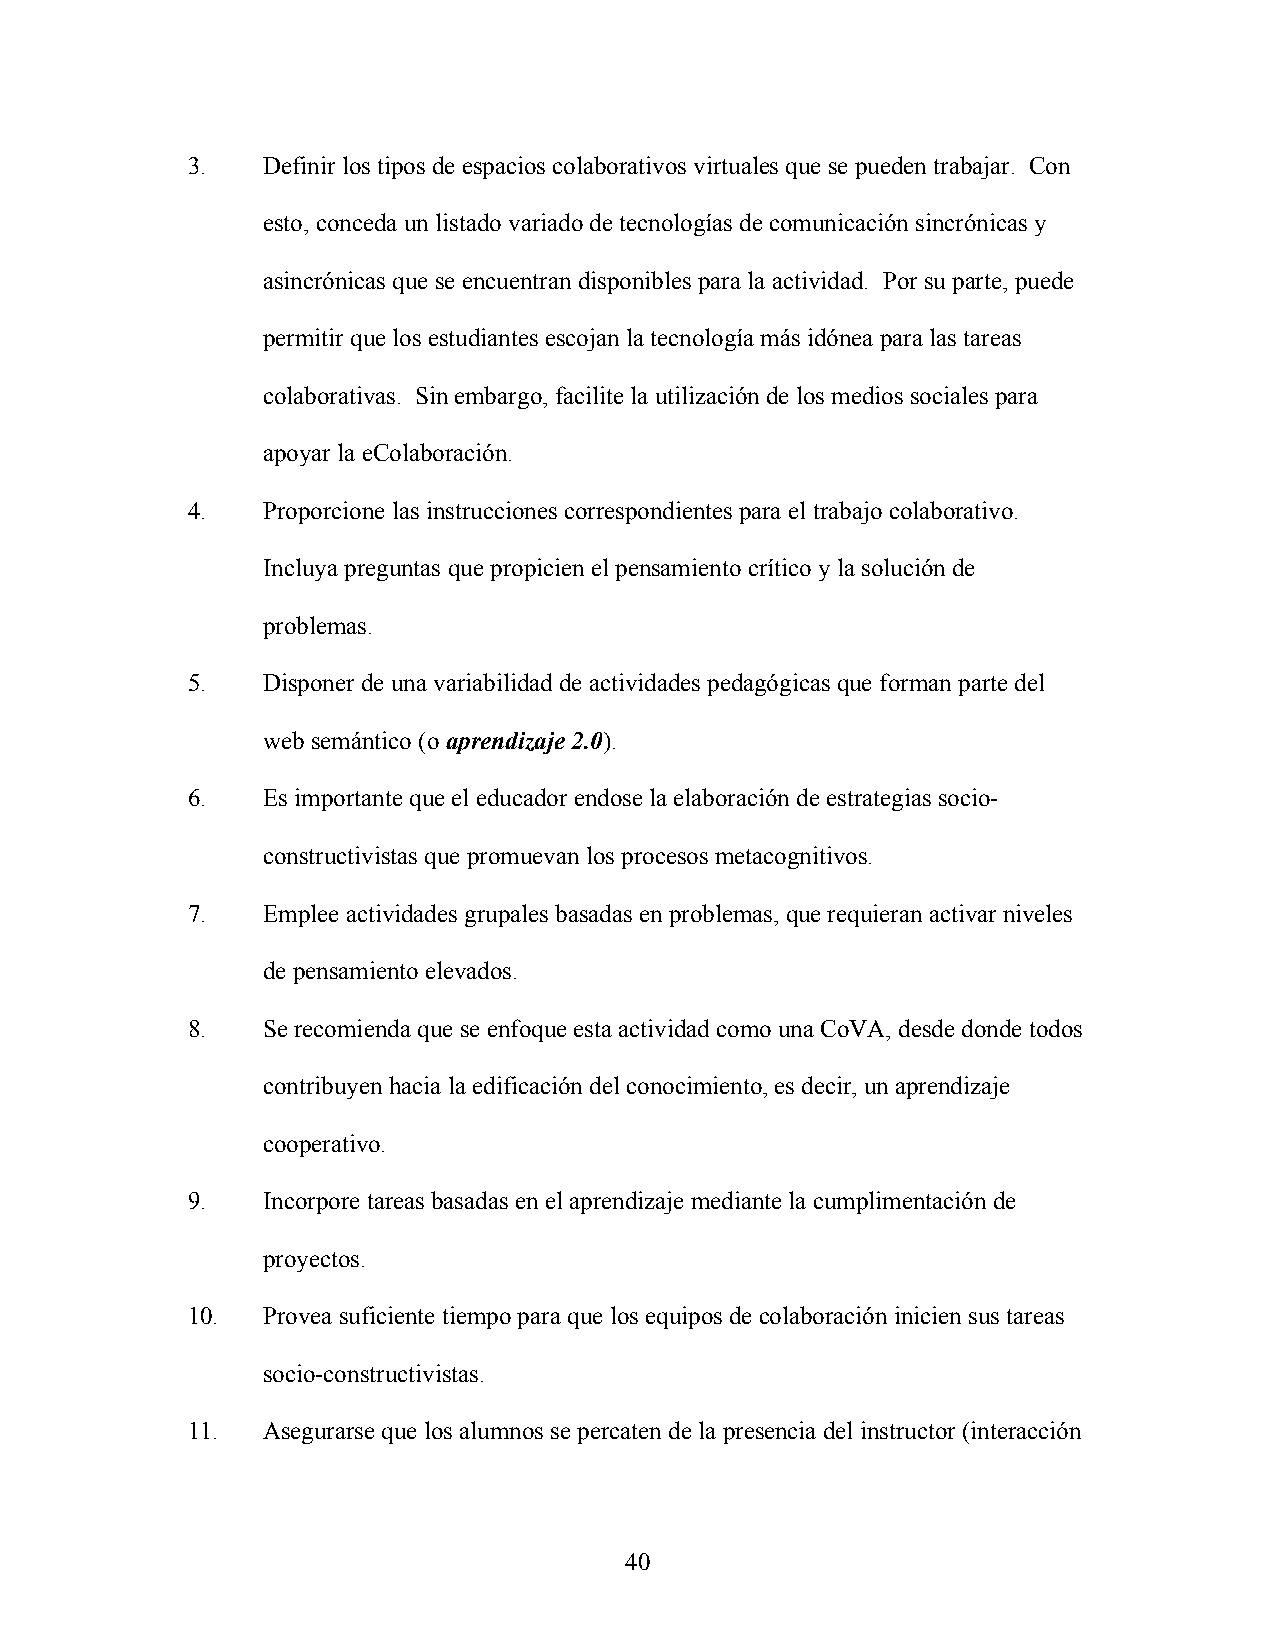
3.   Definir los tipos de espacios colaborativos virtuales que se pueden trabajar. Con
 esto, conceda un listado variado de tecnologías de comunicación sincrónicas y
 asincrónicas que se encuentran disponibles para la actividad. Por su parte, puede
 permitir que los estudiantes escojan la tecnología más idónea para las tareas
 colaborativas. Sin embargo, facilite la utilización de los medios sociales para
 apoyar la eColaboración.
 4.   Proporcione las instrucciones correspondientes para el trabajo colaborativo.
 Incluya preguntas que propicien el pensamiento crítico y la solución de
 problemas.
 5.   Disponer de una variabilidad de actividades pedagógicas que forman parte del
 web semántico (o aprendizaje 2.0).
 6.   Es importante que el educador endose la elaboración de estrategias socio-
 constructivistas que promuevan los procesos metacognitivos.
 7.   Emplee actividades grupales basadas en problemas, que requieran activar niveles
 de pensamiento elevados.
 8.   Se recomienda que se enfoque esta actividad como una CoVA, desde donde todos
 contribuyen hacia la edificación del conocimiento, es decir, un aprendizaje
 cooperativo.
 9.   Incorpore tareas basadas en el aprendizaje mediante la cumplimentación de
 proyectos.
 10.  Provea suficiente tiempo para que los equipos de colaboración inicien sus tareas
 socio-constructivistas.
 11.  Asegurarse que los alumnos se percaten de la presencia del instructor (interacción
 40